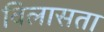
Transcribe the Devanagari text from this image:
विलासता